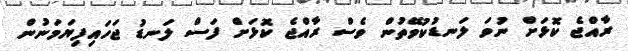
ރާއްޖެ ކޮޅަށް ނުވަ ލަނޑުކުވޭތުން ވެސް ރާއްޖެ ކޮޅަށް ފަސް ލަނޑު ޖަހައިފިޔަމަނުން